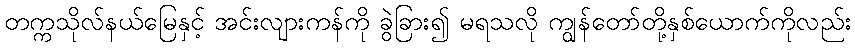
တက္ကသိုလ်နယ်မြေနှင့် အင်းလျားကန်ကို ခွဲခြား၍ မရသလို ကျွန်တော်တို့နှစ်ယောက်ကိုလည်း